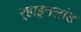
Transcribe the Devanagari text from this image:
र्‍हाइनलांड